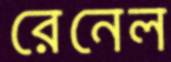
রেনেল